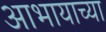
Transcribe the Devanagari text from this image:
आभायाच्या